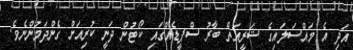
އަދި އެ މައްސަލައިގެ ޝަރީއަތް ބާރު ސްޕީޑެއްގައި ކޯޓުން ދަނީ ކުރިއަށް ގެންދަމުންނެވެ.